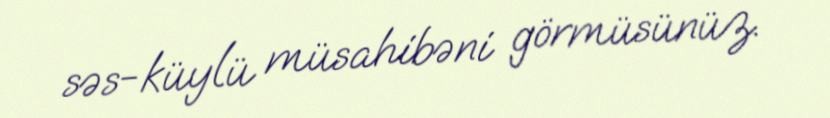
səs-küylü müsahibəni görmüsünüz.